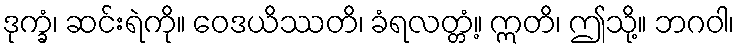
ဒုက္ခံ၊ ဆင်းရဲကို။ ဝေဒယိဿတိ၊ ခံရလတ္တံ့။ ဣတိ၊ ဤသို့။ ဘဂဝါ၊